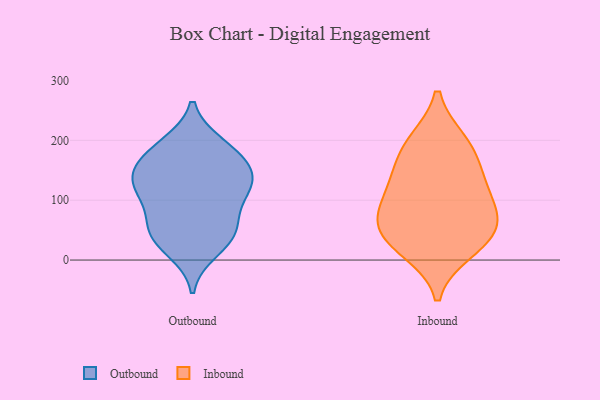
{"axis": {"x": "Temperature (°C)", "y": "Value"}, "legend": ["Inbound", "Outbound"], "data": [{"x": "", "y": 56, "type": "Outbound"}, {"x": "", "y": 16, "type": "Outbound"}, {"x": "", "y": 57, "type": "Outbound"}, {"x": "", "y": 143, "type": "Outbound"}, {"x": "", "y": 193, "type": "Outbound"}, {"x": "", "y": 189, "type": "Outbound"}, {"x": "", "y": 40, "type": "Outbound"}, {"x": "", "y": 173, "type": "Outbound"}, {"x": "", "y": 39, "type": "Outbound"}, {"x": "", "y": 121, "type": "Outbound"}, {"x": "", "y": 99, "type": "Outbound"}, {"x": "", "y": 157, "type": "Outbound"}, {"x": "", "y": 144, "type": "Outbound"}, {"x": "", "y": 113, "type": "Outbound"}, {"x": "", "y": 123, "type": "Outbound"}, {"x": "", "y": 149, "type": "Inbound"}, {"x": "", "y": 103, "type": "Inbound"}, {"x": "", "y": 16, "type": "Inbound"}, {"x": "", "y": 54, "type": "Inbound"}, {"x": "", "y": 28, "type": "Inbound"}, {"x": "", "y": 142, "type": "Inbound"}, {"x": "", "y": 194, "type": "Inbound"}, {"x": "", "y": 49, "type": "Inbound"}, {"x": "", "y": 95, "type": "Inbound"}, {"x": "", "y": 71, "type": "Inbound"}, {"x": "", "y": 198, "type": "Inbound"}]}